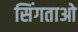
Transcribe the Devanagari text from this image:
सिंगताओ